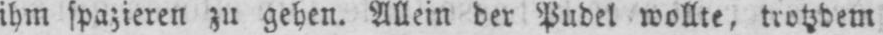
ihm spazieren zu gehen. Allein der Pudel wollte, trotzdem